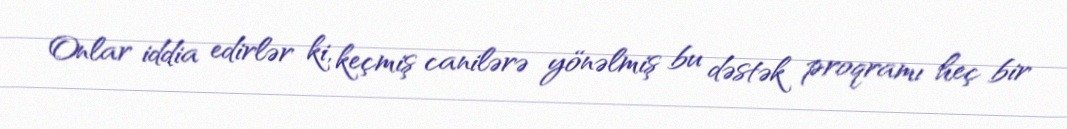
Onlar iddia edirlər ki, keçmiş canilərə yönəlmiş bu dəstək proqramı heç bir